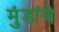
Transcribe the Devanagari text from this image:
मुंडांचे